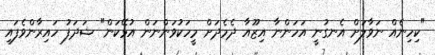
"ކިހިނެއް ނަވާލަށް އެނގުނީ އަހަންނާ އިޒޫއާ ދެމެދަށް މީހަކުވަންނަން އުޅޭކަން" ޝަދަފު ހައިރާންވެފައި